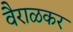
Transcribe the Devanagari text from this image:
वैराळकर